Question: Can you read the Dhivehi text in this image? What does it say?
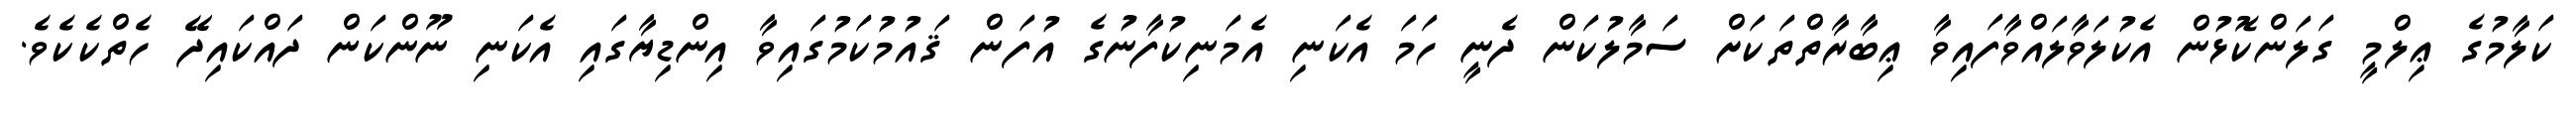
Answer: ކަލާމުގެ ޢިލްމީ ގަލަންކޮޅުން އެކުލަވާލައްވާފައިވާ ޢިބާރާތްތަކަށް ސަމާލުކަން ދެނީ ހަމަ އެކަނި އެމަނިކުފާނުގެ އުފަން ޤައުމުކަމުގައިވާ އިންޑިޔާގައި އެކަނި ނޫންކަން ދައްކައިދޭ ހެތްކެކެވެ.